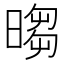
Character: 𣉵